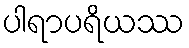
ပါရာပရိယဿ